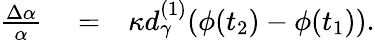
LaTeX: \begin{array}{rlr}{\frac{\Delta\alpha}{\alpha}}&{{}=}&{\kappa d_{\gamma}^{(1)}(\phi(t_{2})-\phi(t_{1})).}\end{array}